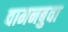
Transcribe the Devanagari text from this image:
वामनबुवा